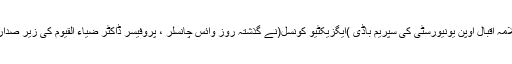
29 جون2020ء) علامہ اقبال اوپن یونیورسٹی کی سپریم باڈی )ایگزیکٹیو کونسل(نے گذشتہ روز وائس چانسلر ،ْ پروفیسر ڈاکٹر ضیاء القیوم کی زیر صدارت منعقدہ اپنی 117۔